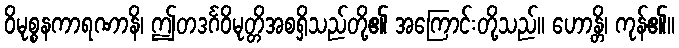
ဝိမုစ္စနကာရဏာနိ၊ ဤတဒင်္ဂဝိမုတ္တိအစရှိသည်တို့၏ အကြောင်းတို့သည်။ ဟောန္တိ၊ ကုန်၏။